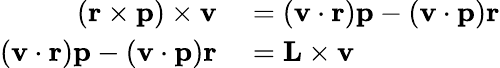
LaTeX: \begin{array}{rl}{(\mathbf{r}\times\mathbf{p})\times\mathbf{v}}&{{}=(\mathbf{v}\cdot\mathbf{r})\mathbf{p}-(\mathbf{v}\cdot\mathbf{p})\mathbf{r}}\\ {(\mathbf{v}\cdot\mathbf{r})\mathbf{p}-(\mathbf{v}\cdot\mathbf{p})\mathbf{r}}&{{}=\mathbf{L}\times\mathbf{v}}\end{array}